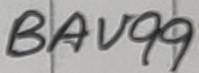
Text: BAV99